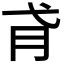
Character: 𢎀